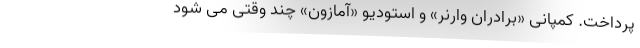
پرداخت. کمپانی «برادران وارنر» و استودیو «آمازون» چند وقتی می شود